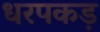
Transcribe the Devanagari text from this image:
धरपकड़